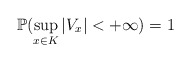
\begin{align*}\mathbb{P}(\sup_{x \in K}|V_x| < + \infty) = 1\end{align*}